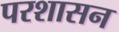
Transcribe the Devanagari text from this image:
परशासन